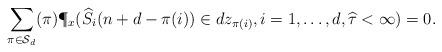
LaTeX: \begin{align*} \sum_{\pi\in\mathcal S_d} (\pi) \P_x(\widehat S_i(n+d-\pi(i))\in dz_{\pi(i)}, i=1,\ldots, d, \widehat \tau<\infty)=0.\end{align*}